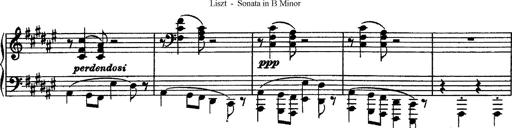
Title: Piano Sonata
Composer: Karl HÃ¤ssler
Key: C major